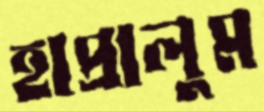
হাপ্‌রালুম